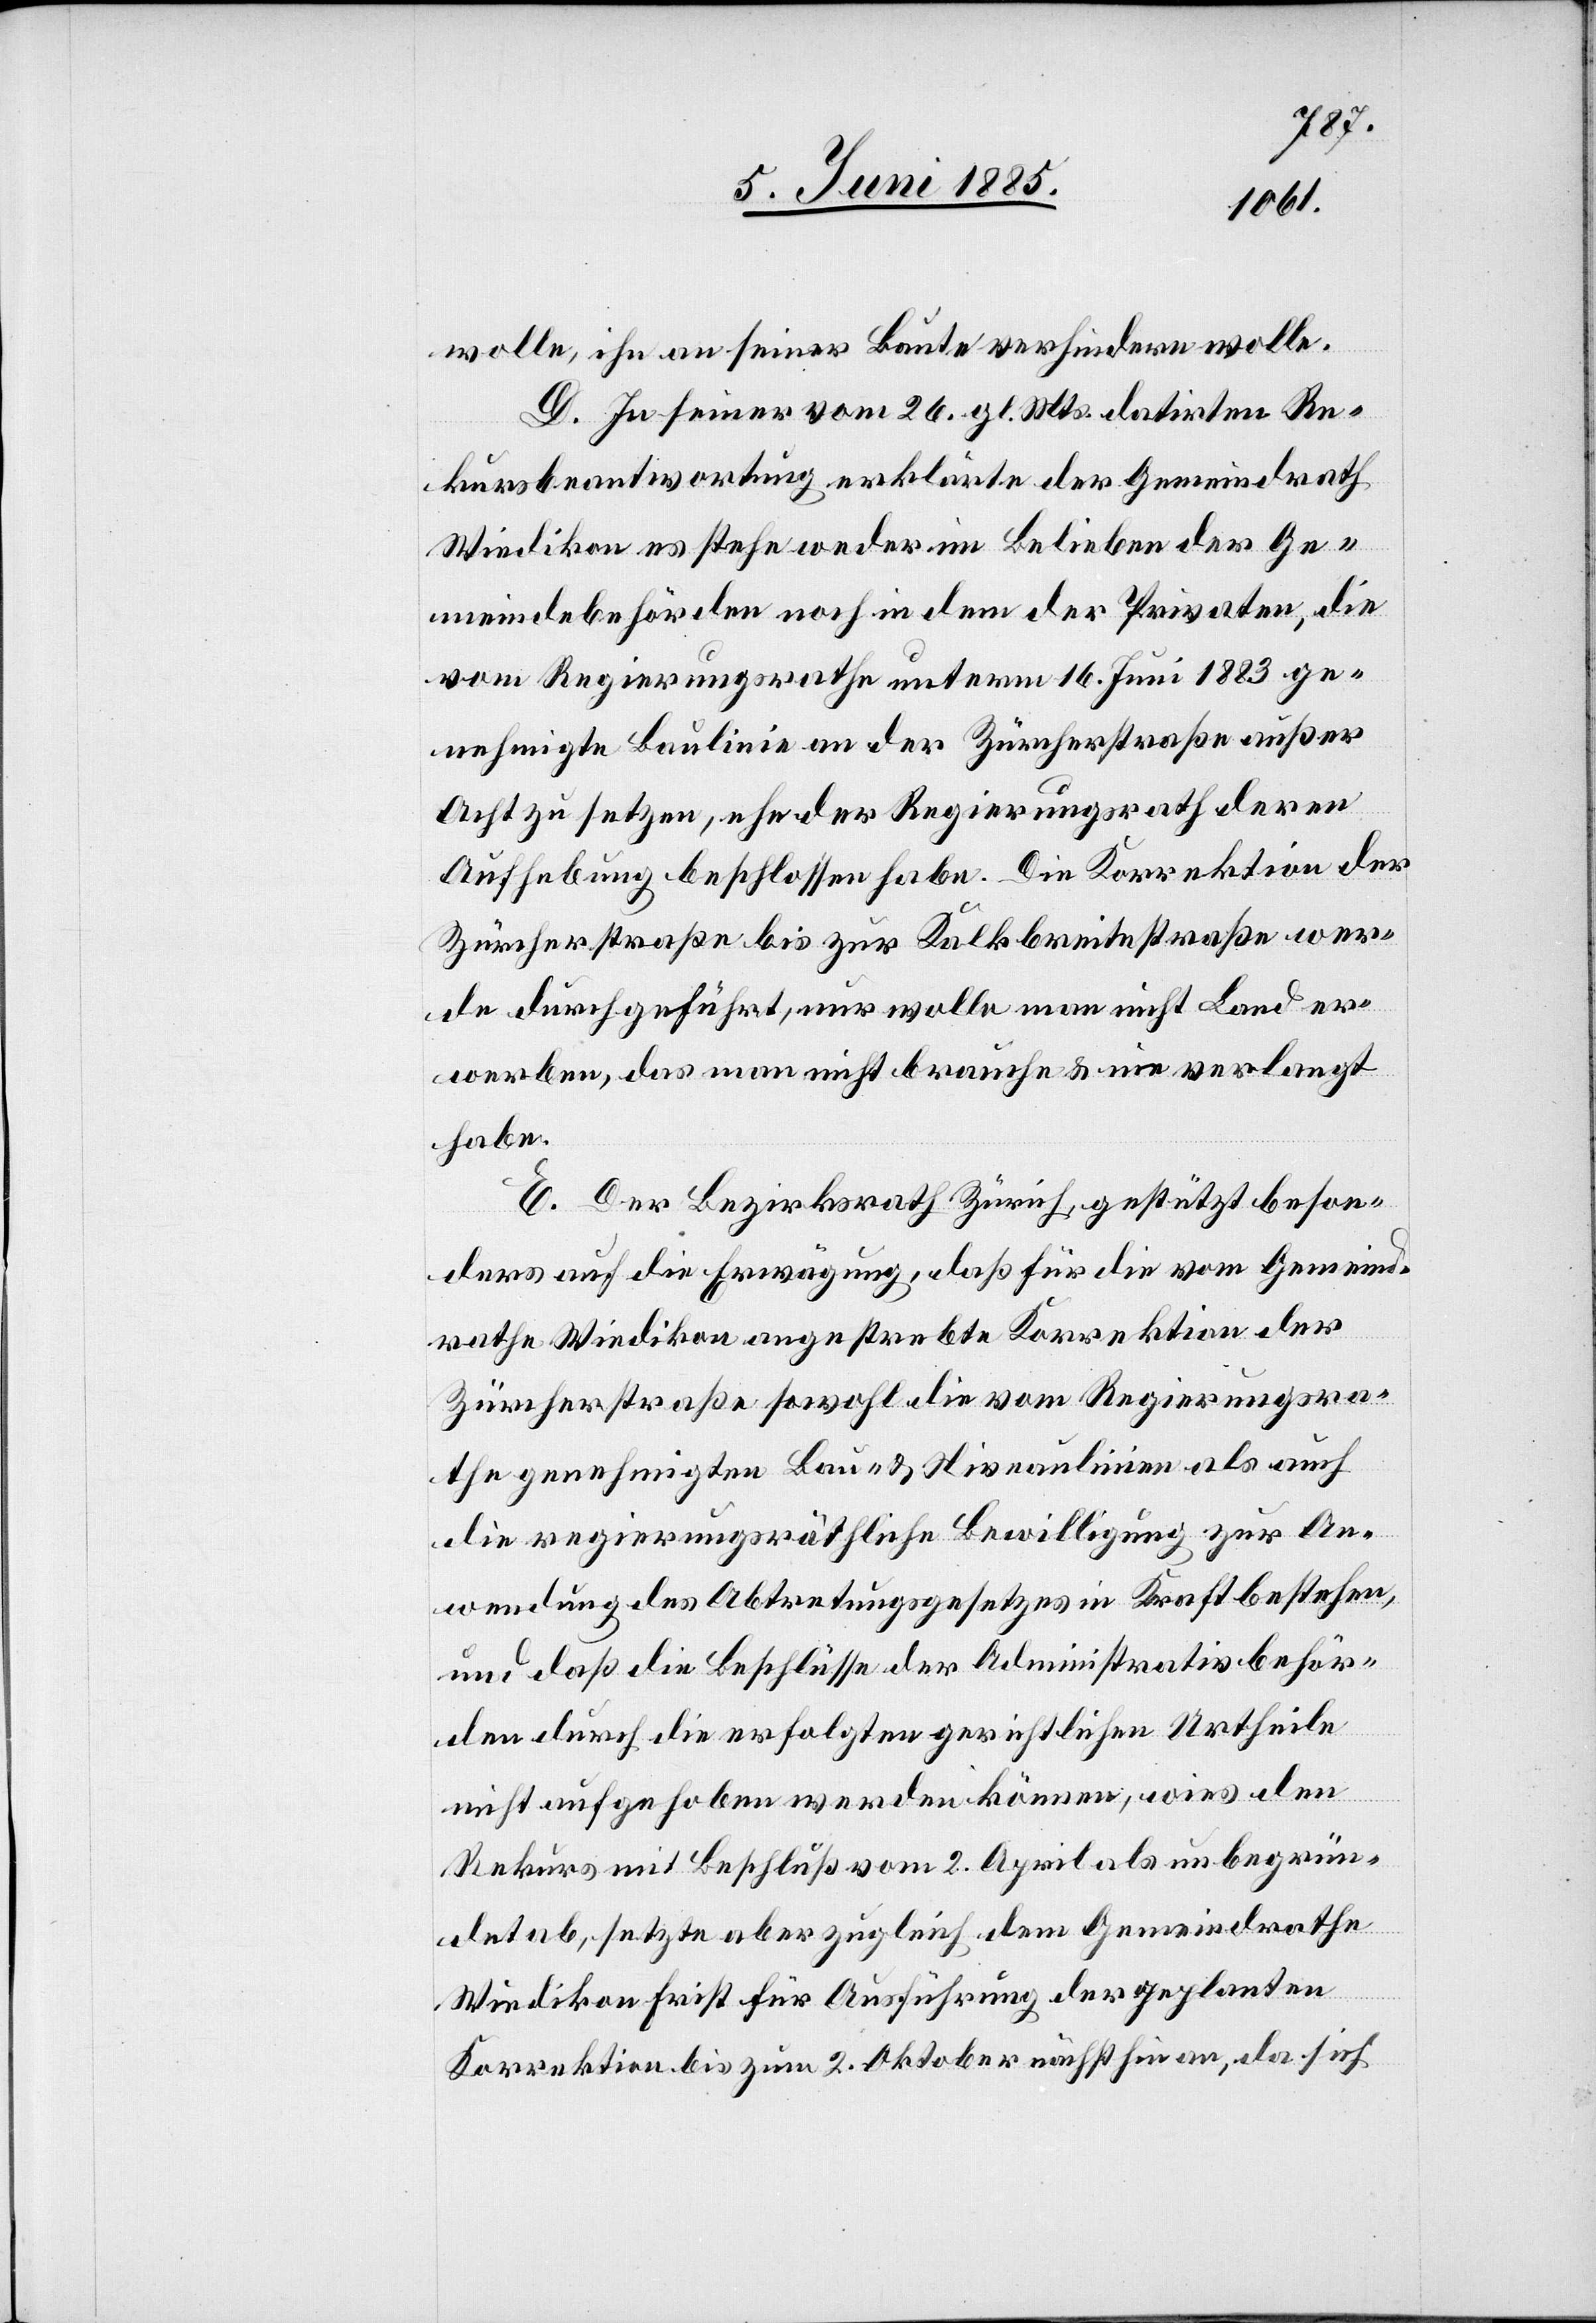
wolle, ihn an seiner Baute verhindern wolle.
D. In seiner vom 26. gl. Mts. datirten Re¬
kursbeantwortung erklärte der Gemeindrath
Wiedikon es stehe weder im Belieben der Ge¬
meindebehörden noch in dem der Privaten, die
vom Regierungsrathe unterm 16. Juni 1883 ge¬
nehmigte Baulinie an der Zürcherstraße außer
Acht zu setzen, ehe der Regierungsrath deren
Aufhebung beschlossen habe. Die Korrektion der
Zürcherstraße bis zur Kalkbreistraße wer¬
de durchgeführt, nur wolle man nicht Land er¬
werben, das man nicht brauche & nie verlangt
habe.
E. Der Bezirksrath Zürich, gestützt beson¬
ders auf die Erwägung, daß für die vom Gemeind¬
rathe Wiedikon angestrebte Korrektion der
Zürcherstraße sowohl die vom Regierungsra¬
the genehmigten Bau- & Niveaulinien als auch
die regierungsräthliche Bewilligung zur An¬
wendung des Abtretungsgesetzes in Kraft bestehen,
und daß die Beschlüsse der Administrativbehör¬
den durch die erfolgten gerichtlichen Urtheile
nicht aufgehoben werden können, wies den
Rekurs mit Beschluß vom 2. April als unbegrün¬
det ab, setzte aber zugleich dem Gemeindrathe
Wiedikon Frist für Ausführung der geplanten
Korrektion bis zum 2. Oktober nächsthin an, da sich